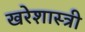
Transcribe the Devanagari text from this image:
खरेशास्त्री